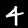
Digit: 4